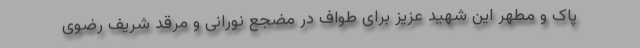
پاک و مطهر این شهید عزیز برای طواف در مضجع نورانی و مرقد شریف رضوی